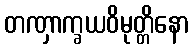
တဏှာက္ခယဝိမုတ္တိနော